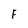
Character: F